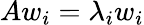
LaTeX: Aw_{i}=\lambda_{i}w_{i}